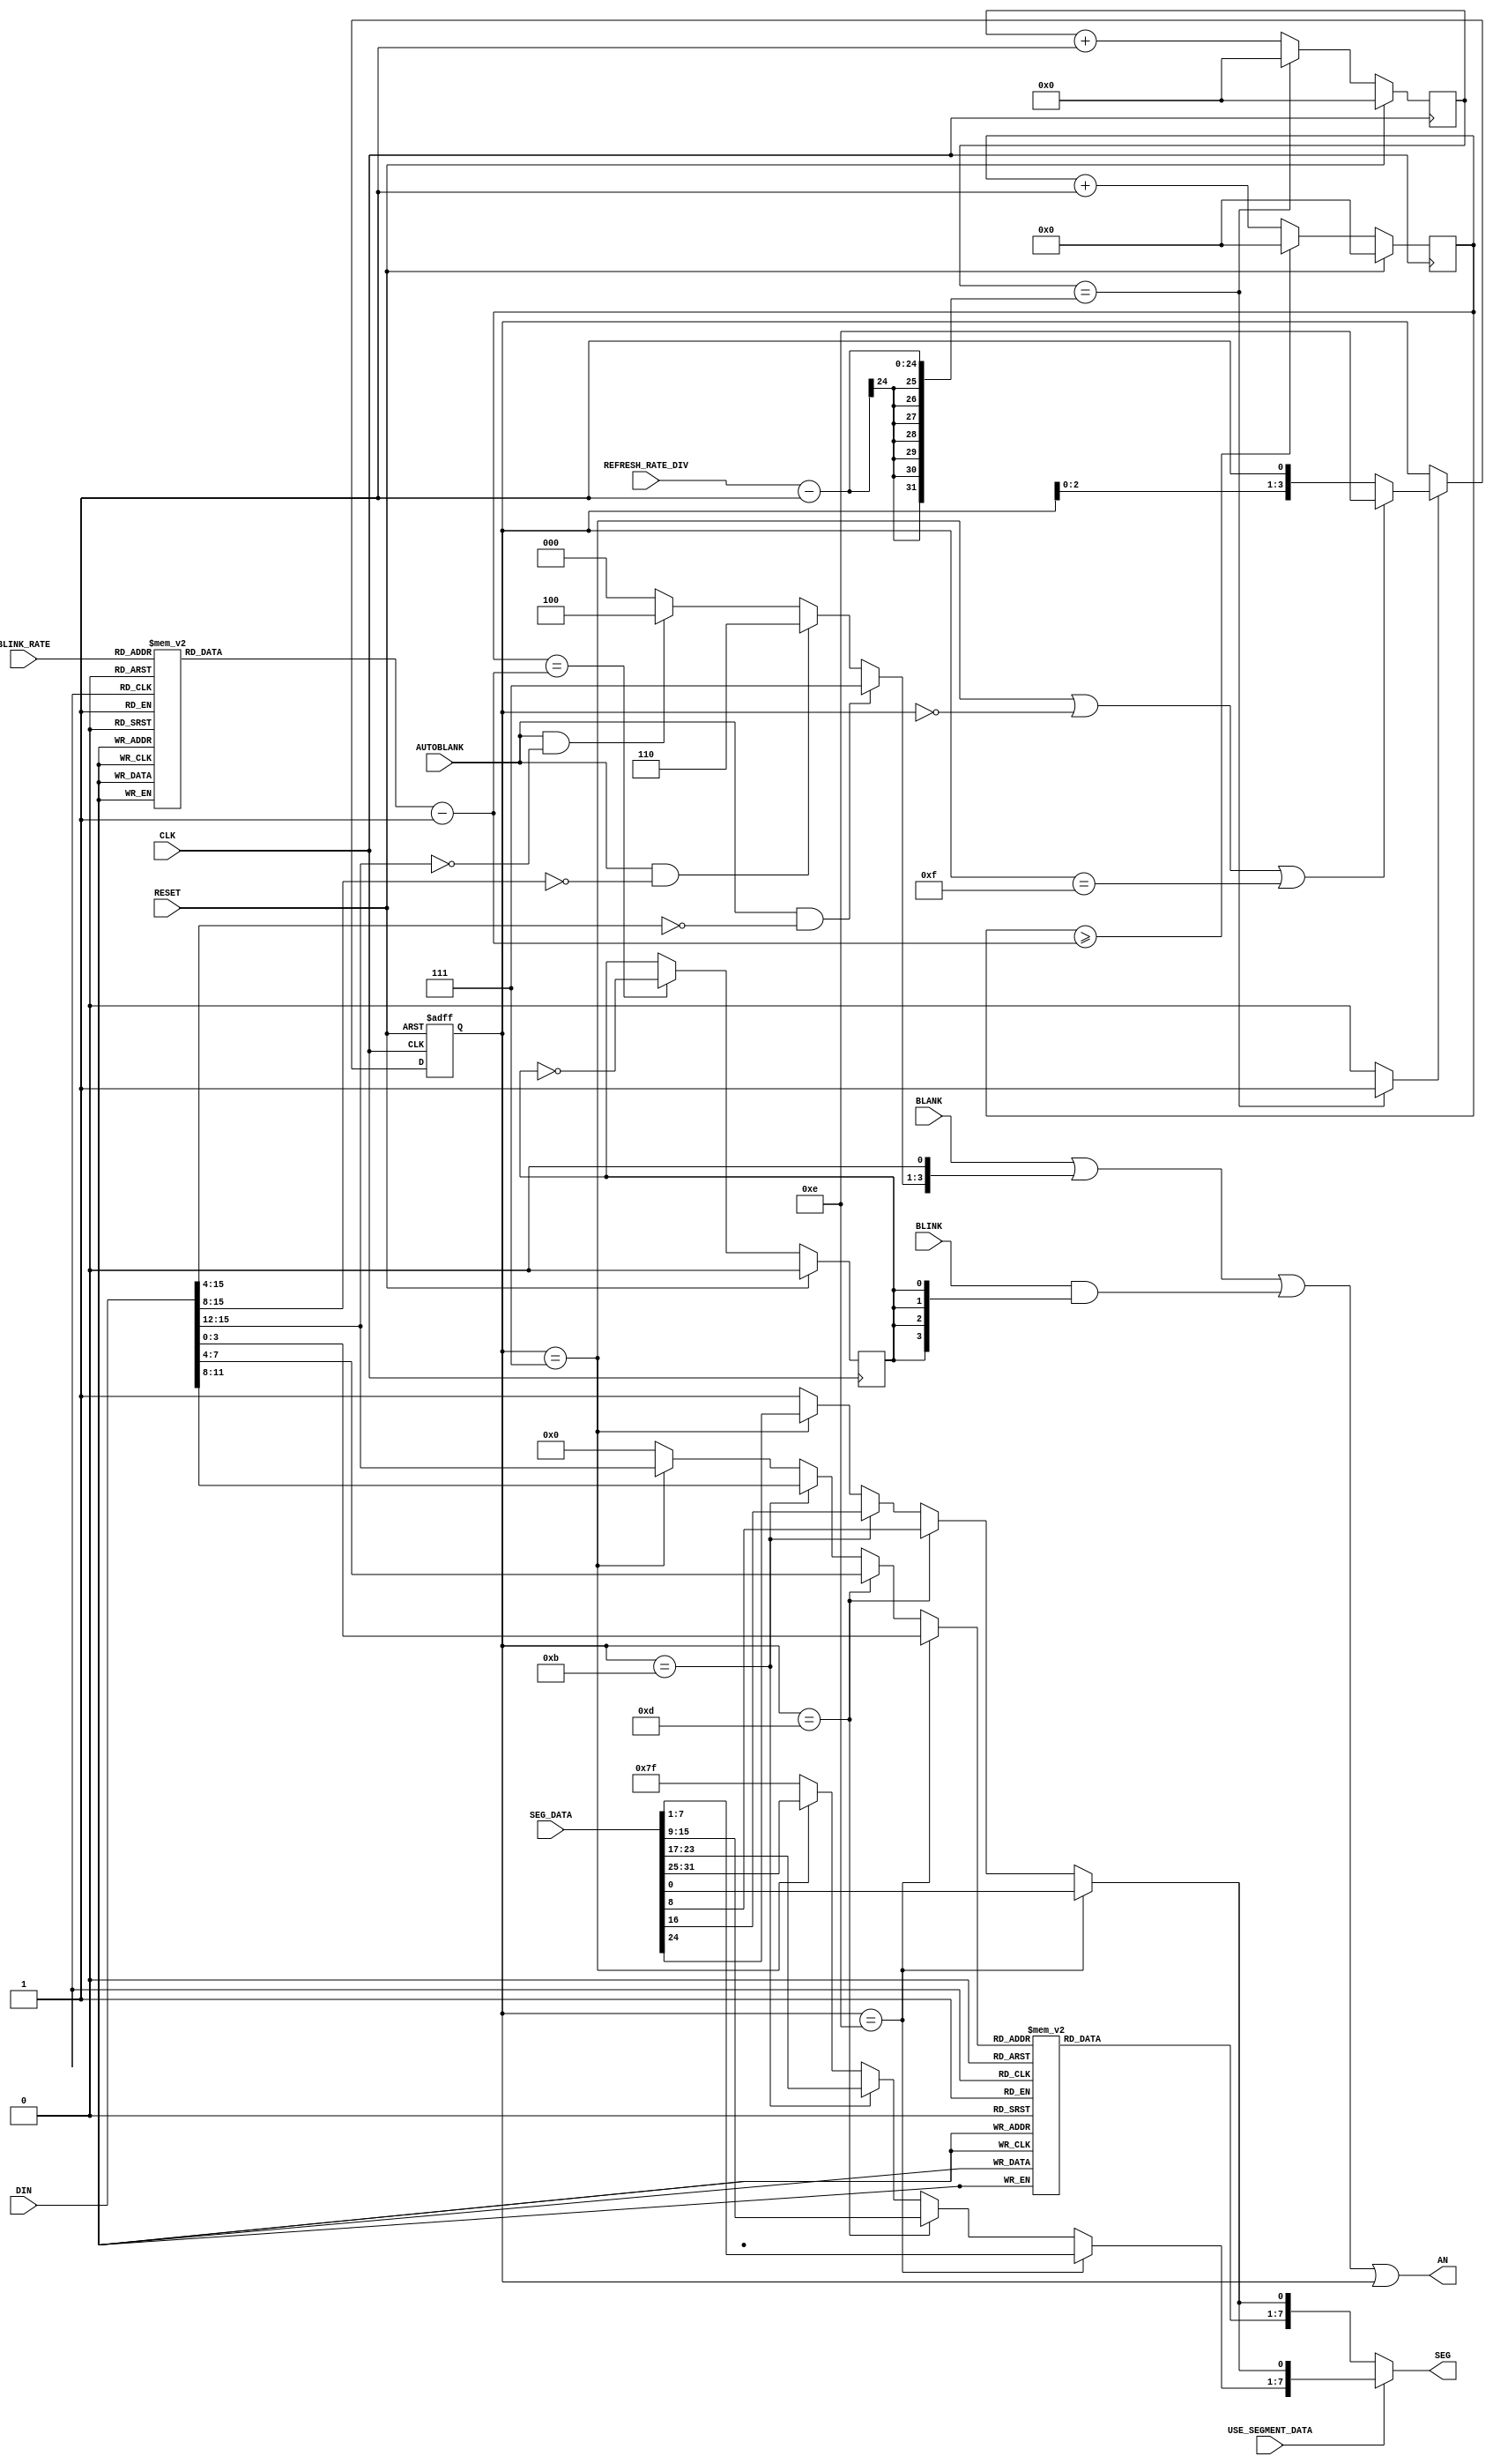
`timescale 1ns / 1ps
//////////////////////////////////////////////////////////////////////////////////
// Company: 
// Engineer: 
// 
// Design Name: 
// Module Name:    Ssg_decoder 
// Project Name: 
// Target Devices: 
// Tool versions: 
// Description: 
//
// Dependencies: 
//
// Revision: 
// Revision 0.01 - File Created
// Additional Comments: 
//
//////////////////////////////////////////////////////////////////////////////////
module Ssg_decoder_core
#( //parameter declarations
   parameter CLK_FREQUENCY_HZ = 50000000, //CLK frequency, default is 50Mhz
   parameter ANODE_ACTIVE_LOW = 1 //Anode is active-low?
   )
(
    input CLK, //system clock
	input RESET,
    input [15:0] DIN, //HEX data to be displayed
	input [31:0] SEG_DATA, //Seven Segment data for each digit, including decimal point
	input [23:0] REFRESH_RATE_DIV, //Division rate for refresh rate
	input [3:0] BLANK, //Blank signal for each anode
	input AUTOBLANK, //Automatically blank most significant digits when in HEX mode
	input [3:0] BLINK, //enable blink for each anode
	input [2:0] BLINK_RATE, //Blink rate
	input USE_SEGMENT_DATA, //enable usage of seven segment data instead of the HEX data
    output [3:0] AN, //Anode output
    output [7:0] SEG //Seven-Segment output
	 );

	//Blink rate division parameters
	 localparam 	DIV_4S = CLK_FREQUENCY_HZ*2,
					DIV_2S = CLK_FREQUENCY_HZ,
					DIV_1HZ = CLK_FREQUENCY_HZ/2,
					DIV_2HZ = CLK_FREQUENCY_HZ/4,
					DIV_4HZ = CLK_FREQUENCY_HZ/8,
					DIV_8HZ = CLK_FREQUENCY_HZ/16,
					DIV_10HZ = CLK_FREQUENCY_HZ/20,
					DIV_12HZ = CLK_FREQUENCY_HZ/24;

	//define the internal signals
	//Refresh rate divider
	reg [23:0] CE_div;
	wire CE_An;
	
	//Blink rate divider
	reg [31:0] BLINK_div;
	reg [31:0] BLINK_DIV_VAL;
	reg BLINK_CE;
	
	reg [3:0] An_Int; //shift register to walk 0 on anodes;
	wire [3:0] An_Cmb; //form the combinational circuit for the anode blanking and/or blinking
	reg [6:0] Ssg_int; //signal coming from the seven segment decoder
	
	//signal multiplexed from the input data
	wire [3:0] mux_data;
	
	//signal multiplexed from the segment data
	wire [6:0] Seg_mux;
	
	//decimal point multiplexed
	wire Dp_mux;
	
	//auto blank signal
	wire [2:0] BLANK_Auto;
	
	//create the refresh rate divider
	always @ (posedge CLK)
   if (RESET) CE_div <= {24{1'b0}};
	else if (CE_div == (REFRESH_RATE_DIV - 1 )) CE_div <={24{1'b0}};
	else CE_div <= CE_div + {{23{1'b0}}, 1'b1};
	
	//assign the divided refresh rate signal
	assign CE_An = (CE_div == (REFRESH_RATE_DIV - 1 )) ? 1'b1:1'b0;
	
	//assign the blink rate division value
	always @ *
		case(BLINK_RATE)
		3'b000: BLINK_DIV_VAL <= DIV_4S;
		3'b001: BLINK_DIV_VAL <= DIV_2S;
		3'b010: BLINK_DIV_VAL <= DIV_1HZ;
		3'b011: BLINK_DIV_VAL <= DIV_2HZ;
		3'b100: BLINK_DIV_VAL <= DIV_4HZ;
		3'b101: BLINK_DIV_VAL <= DIV_8HZ;
		3'b110: BLINK_DIV_VAL <= DIV_10HZ;
		3'b111: BLINK_DIV_VAL <= DIV_12HZ;
		default: BLINK_DIV_VAL <= DIV_1HZ;
		endcase
	
	//create the blink rate divider
	always @ (posedge CLK)
   if (RESET) BLINK_div <= 0;
	else if (BLINK_div >= (BLINK_DIV_VAL - 1 )) BLINK_div <= 0;
	else BLINK_div <= BLINK_div + 1;
	
	//assign the divided blink signal as 50% duty cycle
	always @ (posedge CLK)
	if (RESET) BLINK_CE <= 1'b0;
	else if (BLINK_div == (BLINK_DIV_VAL - 1 )) BLINK_CE <= ~BLINK_CE;
	
	//assign the walking 0 register
	always @ (posedge CLK or posedge RESET)
	if (RESET) An_Int<=4'hf;
	else if (CE_An)
		if (An_Int==4'b0111 || An_Int==4'b0000 || An_Int==4'b1111)
			An_Int<=4'b1110;
		else An_Int <= {An_Int[2:0],1'b1}; //shift register

//assign the autoblank signals
assign BLANK_Auto =	((AUTOBLANK == 1'b1) && (DIN[15:4] == 12'h000)) ?	3'b111 :
                     ((AUTOBLANK == 1'b1) && (DIN[15:8] == 8'h00)) ?	3'b110 :
                     ((AUTOBLANK == 1'b1) && (DIN[15:12] == 4'h0)) ?	3'b100 : 3'b000;

//assign the combinational anode signal
assign An_Cmb = BLANK | {BLANK_Auto, 1'b0} | (BLINK & {4{BLINK_CE}}) | An_Int;

//assign the anode output
assign AN = (ANODE_ACTIVE_LOW) ? An_Cmb : ~An_Cmb;
	//multiplex from the input data

assign mux_data = 	(An_Int==4'b1110) ? DIN[3:0]  :
					(An_Int==4'b1101) ? DIN[7:4]  :
					(An_Int==4'b1011) ? DIN[11:8] :
					(An_Int==4'b0111) ? DIN[15:12] : 4'h0;

assign 	Seg_mux = 	(An_Int==4'b1110) ? SEG_DATA[7:1] :
					(An_Int==4'b1101) ? SEG_DATA[15:9] :
					(An_Int==4'b1011) ? SEG_DATA[23:17]  :
					(An_Int==4'b0111) ? SEG_DATA[31:25]   : 7'b1111111;

assign  Dp_mux = 	(An_Int==4'b1110) ? SEG_DATA[0] :
					(An_Int==4'b1101) ? SEG_DATA[8] :
					(An_Int==4'b1011) ? SEG_DATA[16]  :
					(An_Int==4'b0111) ? SEG_DATA[24]   : 1'b1;
					
//write the seven segment decoder
always @ (mux_data)
case (mux_data)
	4'b0001: Ssg_int=7'b1111001;
	4'b0010: Ssg_int=7'b0100100;
	4'b0011: Ssg_int=7'b0110000;
	4'b0100: Ssg_int=7'b0011001;
	4'b0101: Ssg_int=7'b0010010;
	4'b0110: Ssg_int=7'b0000010;
	4'b0111: Ssg_int=7'b1111000;
	4'b1000: Ssg_int=7'b0000000;
	4'b1001: Ssg_int=7'b0010000;
	4'b1010: Ssg_int=7'b0001000;
	4'b1011: Ssg_int=7'b0000011;
	4'b1100: Ssg_int=7'b1000110; 
	4'b1101: Ssg_int=7'b0100001;
	4'b1110: Ssg_int=7'b0000110;
	4'b1111: Ssg_int=7'b0001110;
	default: Ssg_int=7'b1000000;
endcase

//assign the seven segment output
assign SEG = (USE_SEGMENT_DATA) ? {Seg_mux, Dp_mux} : {Ssg_int, Dp_mux};
		
endmodule